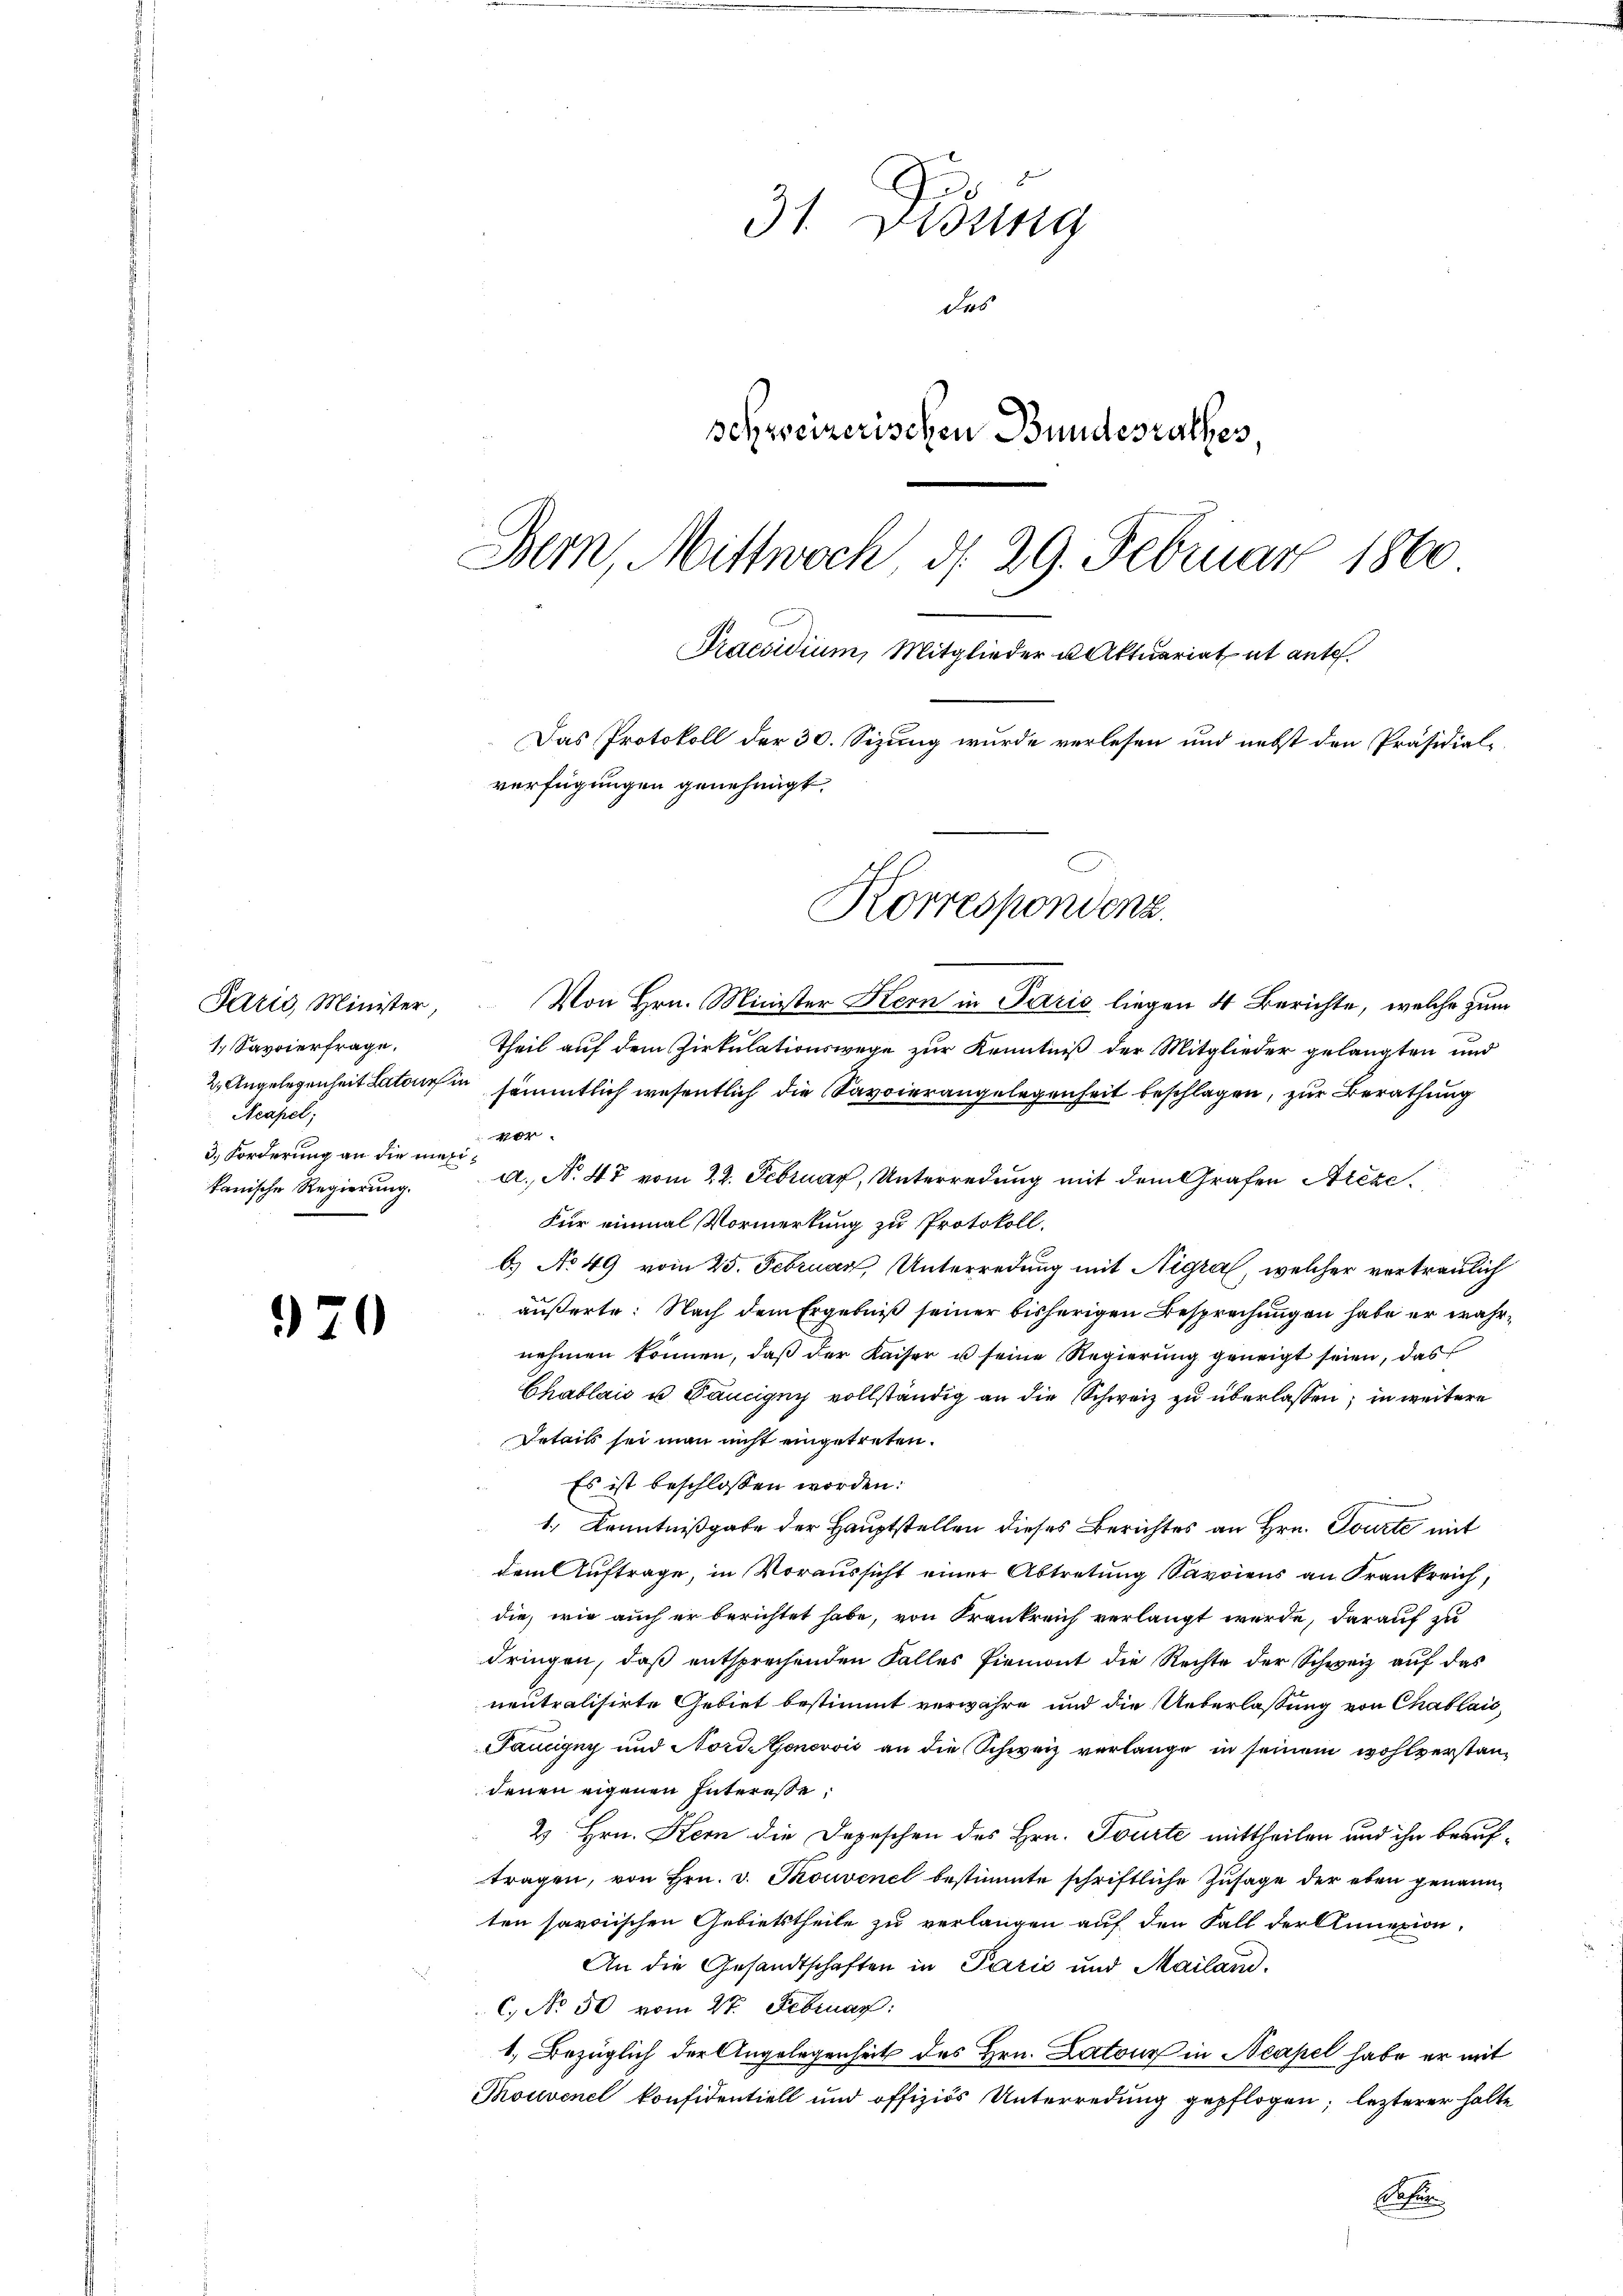
Paris Minister,
1. Savoierfrage.
Acapel;
3. Forderung an die mesikanische Regierung.

7

¬

31 Didung
Das
schweizerischen Bundesrathes,
Bern, Mittwoch d. 29. Februar 1860
Praesidium, Mitglieder u. Aktuariat et ante.
Das Protokoll der 30. Sizung wurde verlesen und nebst den Präsidial-
verfügungen genehmigt.
Korrespondenz

Von Hrn. Minister Kern in Paris liegen 4 Berichte, welche zum
Theil auf dem Zirkulationswege zur Kenntniß der Mitglieder gelangten und
2. Angelegenheit Latons in sämmtlich wesentlich die Savoierangelegenheit beschlagen, zur Berathung
40
a, No 47 vom 22. Februar, Unterredung mit dem Grafen Areze¬
Für einmal Vormerkung zu Protokoll.
b. No 49 vom 25. Februar, Unterredung mit Nigral, welcher vertraulich
äußerte: Nach dem Ergebniß seiner bisherigen Besprechungen habe er wahrnehmen können, daß der Kaiser u seine Regierung geneigt seien, das
Chablais u Pancigny vollständig an die Schweiz zu überlassen, in weitere
Details sei man nicht eingetreten.
Es ist beschlossen worden:
1.) Kenntnißgabe der Hauptstellen dieses Berichtes an Hrn. Tourte mit
dem Auftrage, in Voraussicht einer Abtretung Savoiens an Frankreich,
die, wie auch er berichtet habe, von Krankreich verlangt wurde, darauf zu
dringen, daß entsprechenden Falles Piemont die Rechte der Schweiz auf das
neutralisirte Gebiet bestimmt verwahre und die Ueberlassung von Chablais,
Taurigny und Norde Genevois an die Schweiz verlange in seinem wohlverstandenen eigenen Interesse,
2 Hrn. Kern die Depeschen des Hrn. Tourte mittheilen und ihn beauftragen, von Hrn. v. Thouvenel bestimmte schriftliche Zusage der eben genannten savoischen Gebietstheile zu verlangen auf den Fall der Annexion
An die Gesandtschaften in Pazić und Mailand.
C. No 50 vom 27. Februar:
1. Bezüglich der Angelegenheit des Hrn. Latour in Neapel habe er mit
Touvenel konfidentiell und offiziös Unterredung gepflogen; lezterer halte
Bet